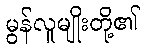
မွန်လူမျိုးတို့၏